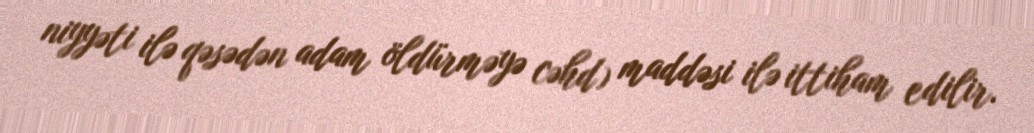
niyyəti ilə qəsədən adam öldürməyə cəhd) maddəsi ilə ittiham edilir.